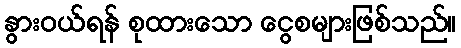
နွားဝယ်ရန် စုထားသော ငွေစများဖြစ်သည်။